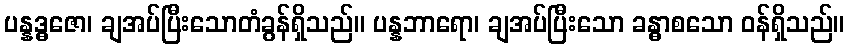
ပန္နဒ္ဓဇော၊ ချအပ်ပြီးသောတံခွန်ရှိသည်။ ပန္နဘာရော၊ ချအပ်ပြီးသော ခန္ဓာစသော ဝန်ရှိသည်။